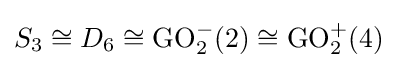
S_{3}\cong D_{6}\cong \operatorname {GO} _{2}^{-}(2)\cong \operatorname {GO} _{2}^{+}(4)